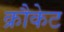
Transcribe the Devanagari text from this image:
क्रौकेट